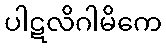
ပါဋလိဂါမိကေ